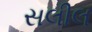
સલીલ